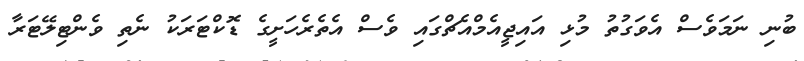
ބުނި ނަމަވެސް އެވަގުތު މުޅި އައިޖީއެމްއެޗްގައި ވެސް އެތެރެހަށީގެ ޑޮކްޓަރަކު ނެތި ވެންޓިލޭޓަރާ